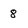
Character: 8